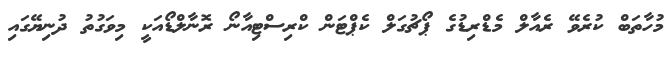
މުހާތަބް ކުރެވޭ ރެއާލް މެޑްރިޑުގެ ޕޯޗުގަލް ކެޕްޓަން ކްރިސްޓިއާނޯ ރޮނާލްޑޯއަކީ މިވަގުތު ދުނިޔޭގައި